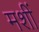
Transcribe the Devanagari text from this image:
मशीं